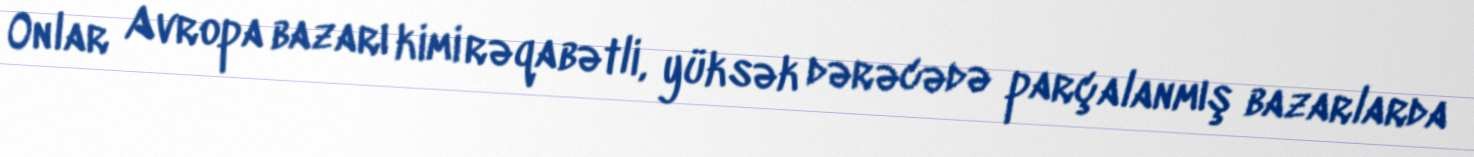
Onlar Avropa bazarı kimi rəqabətli, yüksək dərəcədə parçalanmış bazarlarda